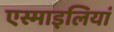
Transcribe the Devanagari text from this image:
एस्माइलियां